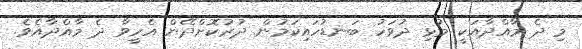
މި ދެ މާއްދާއަކީ މުޅި ދުވަހު ބަނޑުހައިކަމުން ދުރުކޮށްދޭން އެހީވާ ދެ މާއްދާއެވެ.